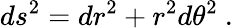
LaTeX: ds^{2}=dr^{2}+r^{2}d\theta^{2}\ .